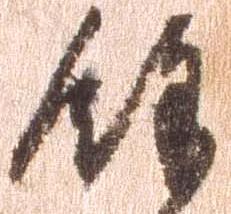
余